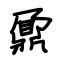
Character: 鼐